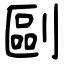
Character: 剾